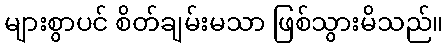
များစွာပင် စိတ်ချမ်းမသာ ဖြစ်သွားမိသည်။